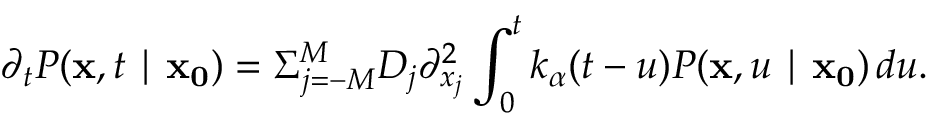
\partial _ { t } P ( \mathbf { x } , t \mid \mathbf { x _ { 0 } } ) = \Sigma _ { j = - M } ^ { M } D _ { j } \partial _ { x _ { j } } ^ { 2 } \int _ { 0 } ^ { t } k _ { \alpha } ( t - u ) P ( \mathbf { x } , u \mid \mathbf { x _ { 0 } } ) \, d u .